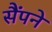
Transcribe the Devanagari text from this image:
सैंपने